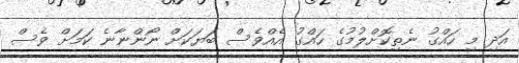
އަދި މި ހައްގު ނެތިކޮށްލުމުގެ ހައްގު އެއްވެސް ބަޔަކަށް ނޯންނާނެ ކަމަށް ވެސް